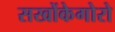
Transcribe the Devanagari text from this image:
सखोंकेगोरो